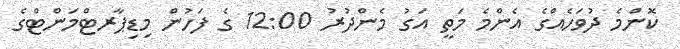
ކޮންމެ ދުވަހެއްގެ އެންމެ މަތީ އަގު މެންދުރު 12:00 ގެ ފަހުން މިޑިޕާރޓްމަންޓްގެ